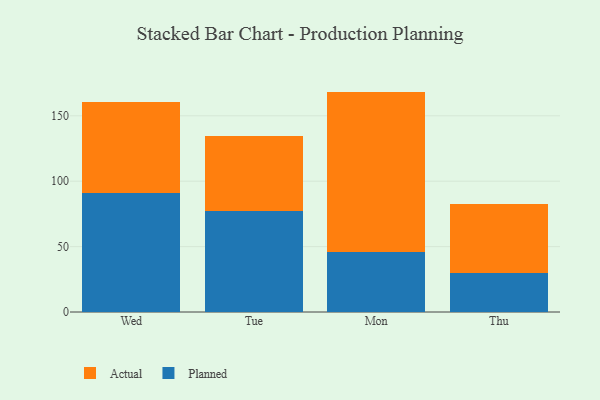
{"axis": {"x": "Day", "y": "Bounce Rate (%)"}, "legend": ["Actual", "Planned"], "data": [{"x": "Wed", "y": 91.0, "type": "Planned"}, {"x": "Wed", "y": 69.7, "type": "Actual"}, {"x": "Tue", "y": 77.4, "type": "Planned"}, {"x": "Tue", "y": 57.0, "type": "Actual"}, {"x": "Mon", "y": 46.0, "type": "Planned"}, {"x": "Mon", "y": 122.5, "type": "Actual"}, {"x": "Thu", "y": 29.6, "type": "Planned"}, {"x": "Thu", "y": 52.7, "type": "Actual"}]}